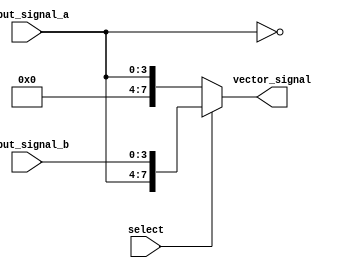
module vector_continuous_assignment (
    input wire [3:0] input_signal_a,   // 4-bit input signal A
    input wire [3:0] input_signal_b,   // 4-bit input signal B
    input wire select,                  // 1-bit select signal for multiplexer functionality
    output wire [7:0] vector_signal     // 8-bit output vector signal
);

// Continuous assignment statement for the vector signal
assign vector_signal = (select) ? {input_signal_a, input_signal_b} : {4'b0000, input_signal_a};

// Additional manipulation (just for demonstration)
wire [3:0] inverted_a;               // Inverted version of input_signal_a
assign inverted_a = ~input_signal_a;  // Inversion operation

// Further continuous assignment using another operation
assign vector_signal[7:4] = inverted_a; // Assign the inverted input into the high 4 bits

endmodule